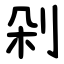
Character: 剁